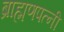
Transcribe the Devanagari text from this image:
ब्राह्मणपत्नी